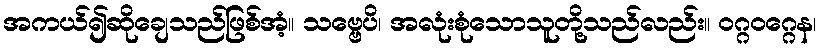
အကယ်၍ဆိုချေသည်ဖြစ်အံ့။ သဗ္ဗေပိ၊ အလုံးစုံသောသူတို့သည်လည်း။ ဝဂ္ဂဝဂ္ဂေန၊